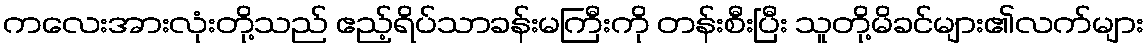
ကလေးအားလုံးတို့သည် ဧည့်ရိပ်သာခန်းမကြီးကို တန်းစီးပြီး သူတို့မိခင်များ၏လက်များ